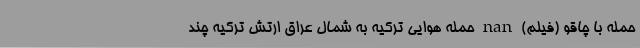
حمله با چاقو (فیلم) nan حمله هوایی ترکیه به شمال عراق ارتش ترکیه چند